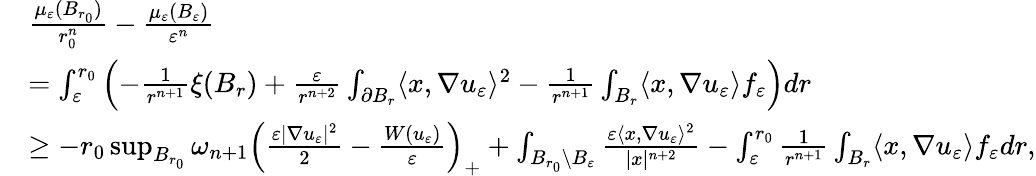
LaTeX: \begin{array}{rl}&{\frac{\mu_{\varepsilon}(B_{r_{0}})}{r_{0}^{n}}-\frac{\mu_{\varepsilon}(B_{\varepsilon})}{\varepsilon^{n}}}\\ &{=\int_{\varepsilon}^{r_{0}}\left(-\frac{1}{r^{n+1}}\xi(B_{r})+\frac{\varepsilon}{r^{n+2}}\int_{\partial B_{r}}\langle x,\nabla u_{\varepsilon}\rangle^{2}-\frac{1}{r^{n+1}}\int_{B_{r}}\langle x,\nabla u_{\varepsilon}\rangle f_{\varepsilon}\right)dr}\\ &{\geq-r_{0}\operatorname*{sup}_{B_{r_{0}}}\omega_{n+1}\left(\frac{\varepsilon|\nabla u_{\varepsilon}|^{2}}{2}-\frac{W(u_{\varepsilon})}{\varepsilon}\right)_{+}+\int_{B_{r_{0}}\setminus B_{\varepsilon}}\frac{\varepsilon\langle x,\nabla u_{\varepsilon}\rangle^{2}}{|x|^{n+2}}-\int_{\varepsilon}^{r_{0}}\frac{1}{r^{n+1}}\int_{B_{r}}\langle x,\nabla u_{\varepsilon}\rangle f_{\varepsilon}dr,}\end{array}